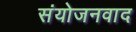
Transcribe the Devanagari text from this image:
संयोजनवाद